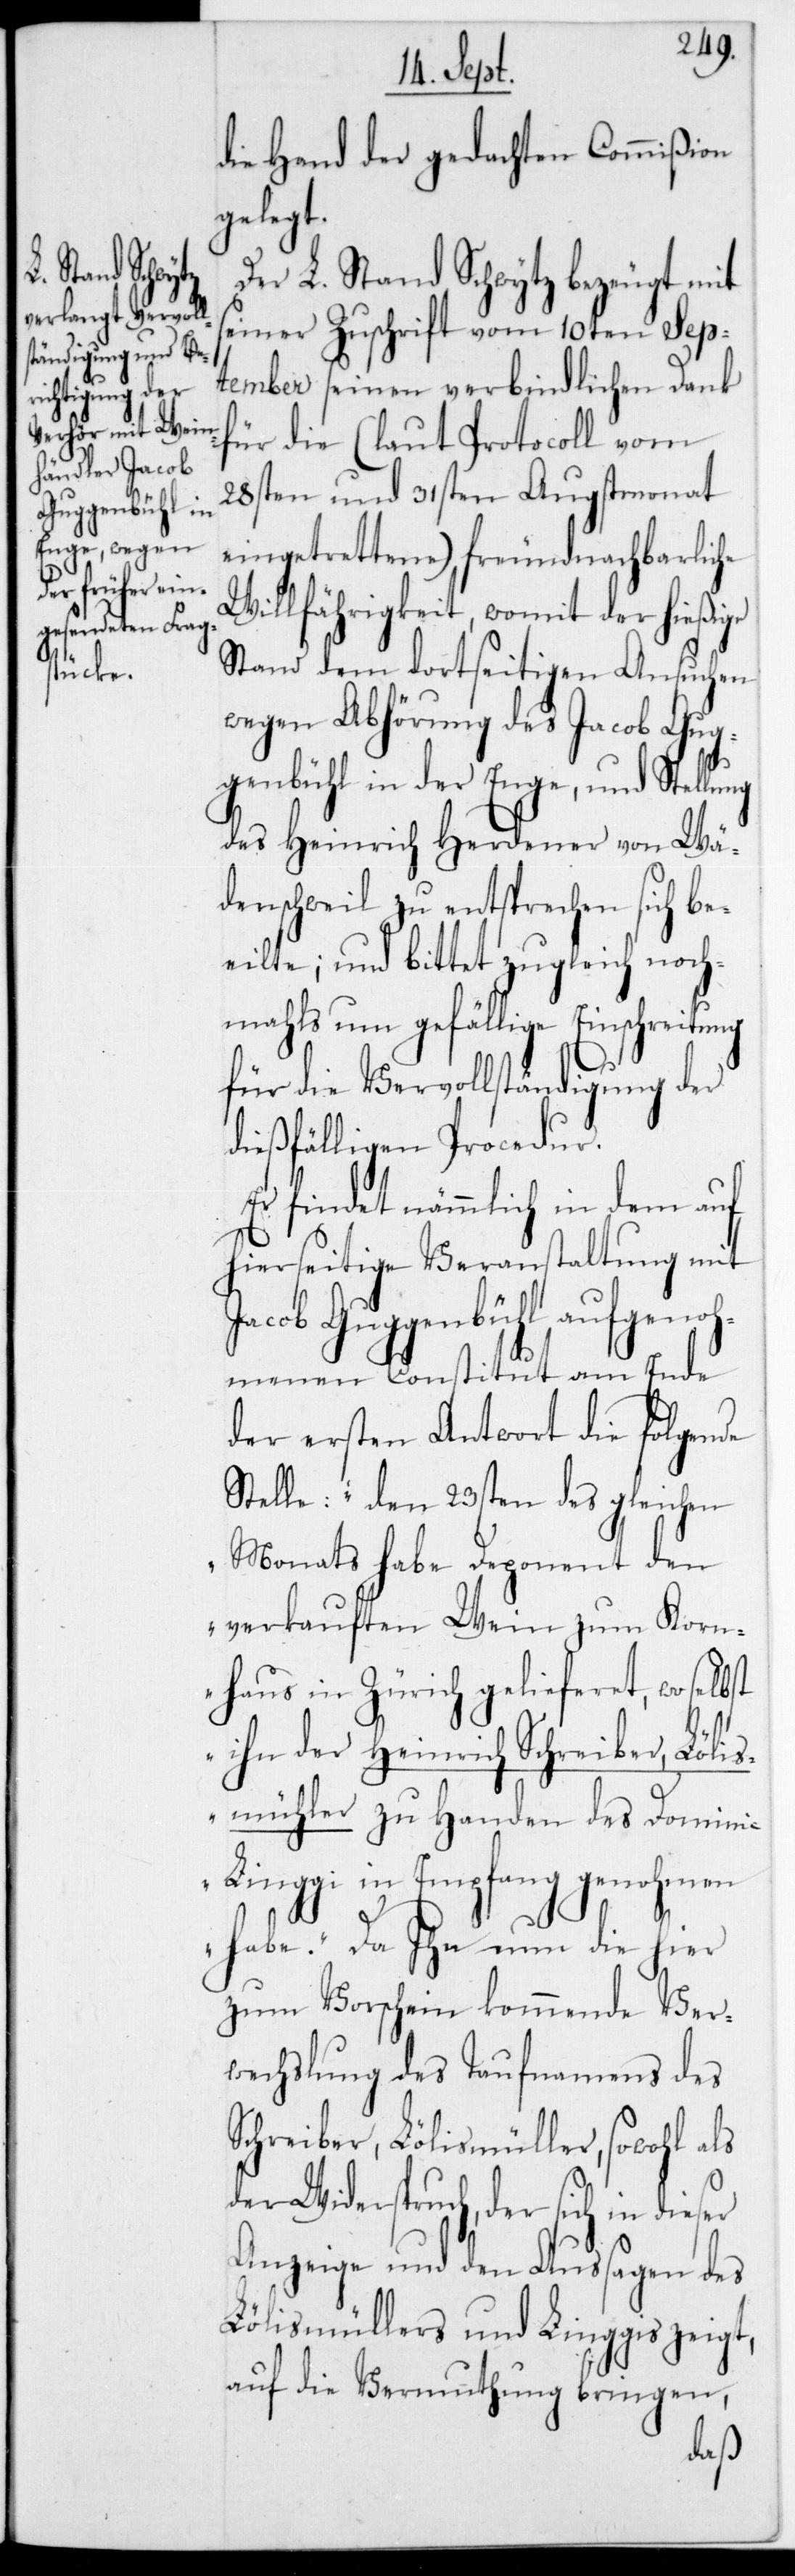
die Hand der gedachten Commißion
gelegt.
Der L. Stand Schwytz bezeugt mit
seiner Zuschrift vom 10ten Sep¬
tember seinen verbindlichen Dank
für die (laut Protocoll vom
28sten und 31sten Augstmonat
eingetrettene) freundnachbarliche
Willfährigkeit, womit der hießige¬
Stand dem dortseitigen Ansuchen
wegen Abhörung des Jacob Gug¬
genbühl in der Enge, und Stell¬
des Heinrich Herdener von Wä¬
denschweil zu entsprechen sich be¬
eilte; und bittet zugleich noch¬
mals um gefällige Einschreitung
er
für die Vervollständigung der
dießfälligen Procedur.
Er findet nämmlich in dem auf
hierseitige Veranstaltung mit
Jacob Guggenbühl aufgenoh¬
menen Constitut am Ende
er ersten Antwort die folgende
Stelle: „den 23sten des gleichen
Monats habe Deponent den
verkauften Wein zum Korn¬
haus in Zürich gelieferet, wo
ihn der Heinrich Schreiber, Löli¬
smühler, zu Handen des Domini¬
c Linggi in Empfang genohmen
habe“. Da ihn nun die hier
zum Vorschein kommende Ver¬
wechslung des Taufnamens des
Schreiber, Lölismüller, sowohl als
der Widerspruch, der sich in dies¬
Anzeige und den Aussagen des
Lölismüllers und Linggis zeigt,
auf die Vermuthung bringen,